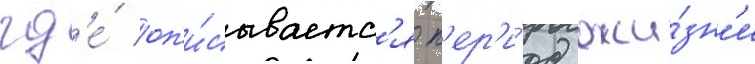
гд'е́ оп'и́сываетс'я п'ер'и́од жи́зн'и